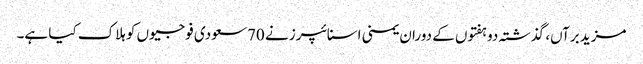
مزید برآں، گذشتہ دو ہفتوں کے دوران یمنی اسنائپرز نے 70 سعودی فوجیوں کو ہلاک کیا ہے۔